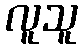
လူသူ